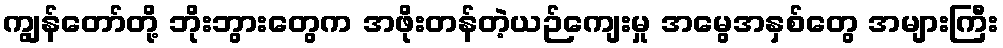
ကျွန်တော်တို့ ဘိုးဘွားတွေက အဖိုးတန်တဲ့ယဉ်ကျေးမှု အမွေအနှစ်တွေ အများကြီး